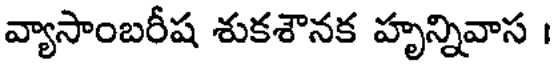
వ్యాసాంబరీష శుకశౌనక హృన్నివాస ।